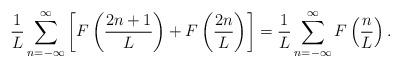
LaTeX: \begin{align*}\frac{1}{L} \sum_{n=-\infty }^{\infty } \left[ F \left( \frac{2n+1}{L}\right) + F \left( \frac{2n}{L} \right) \right] =\frac{1}{L}\sum_{n=-\infty}^{\infty } F \left( \frac{n}{L} \right).\end{align*}